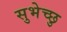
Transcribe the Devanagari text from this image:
सुभेच्छु